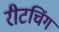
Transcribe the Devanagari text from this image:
रीटचिंग